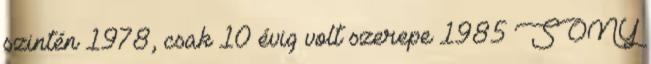
szintén 1978, csak 10 évig volt szerepe 1985 SONY